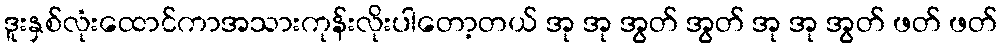
ဒူးနှစ်လုံးထောင်ကာအသားကုန်းလိုးပါတော့တယ် အု အု အွတ် အွတ် အု အု အွတ် ဖတ် ဖတ်